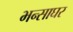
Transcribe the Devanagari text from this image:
भन्साघर